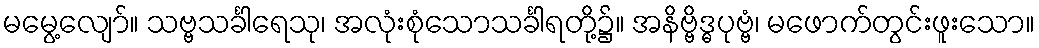
မမွေ့လျော်။ သဗ္ဗသင်္ခါရေသု၊ အလုံးစုံသောသင်္ခါရတို့၌။ အနိဗ္ဗိဒ္ဓပုဗ္ဗံ၊ မဖောက်တွင်းဖူးသော။